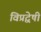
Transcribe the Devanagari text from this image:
विप्रद्वेषी